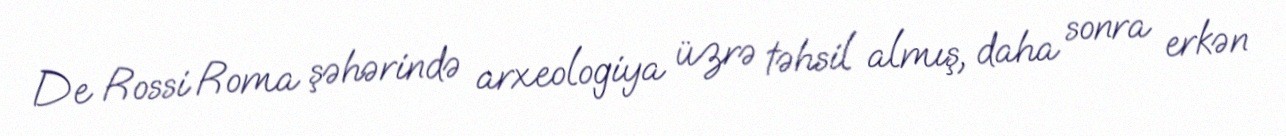
De Rossi Roma şəhərində arxeologiya üzrə təhsil almış, daha sonra erkən